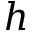
h